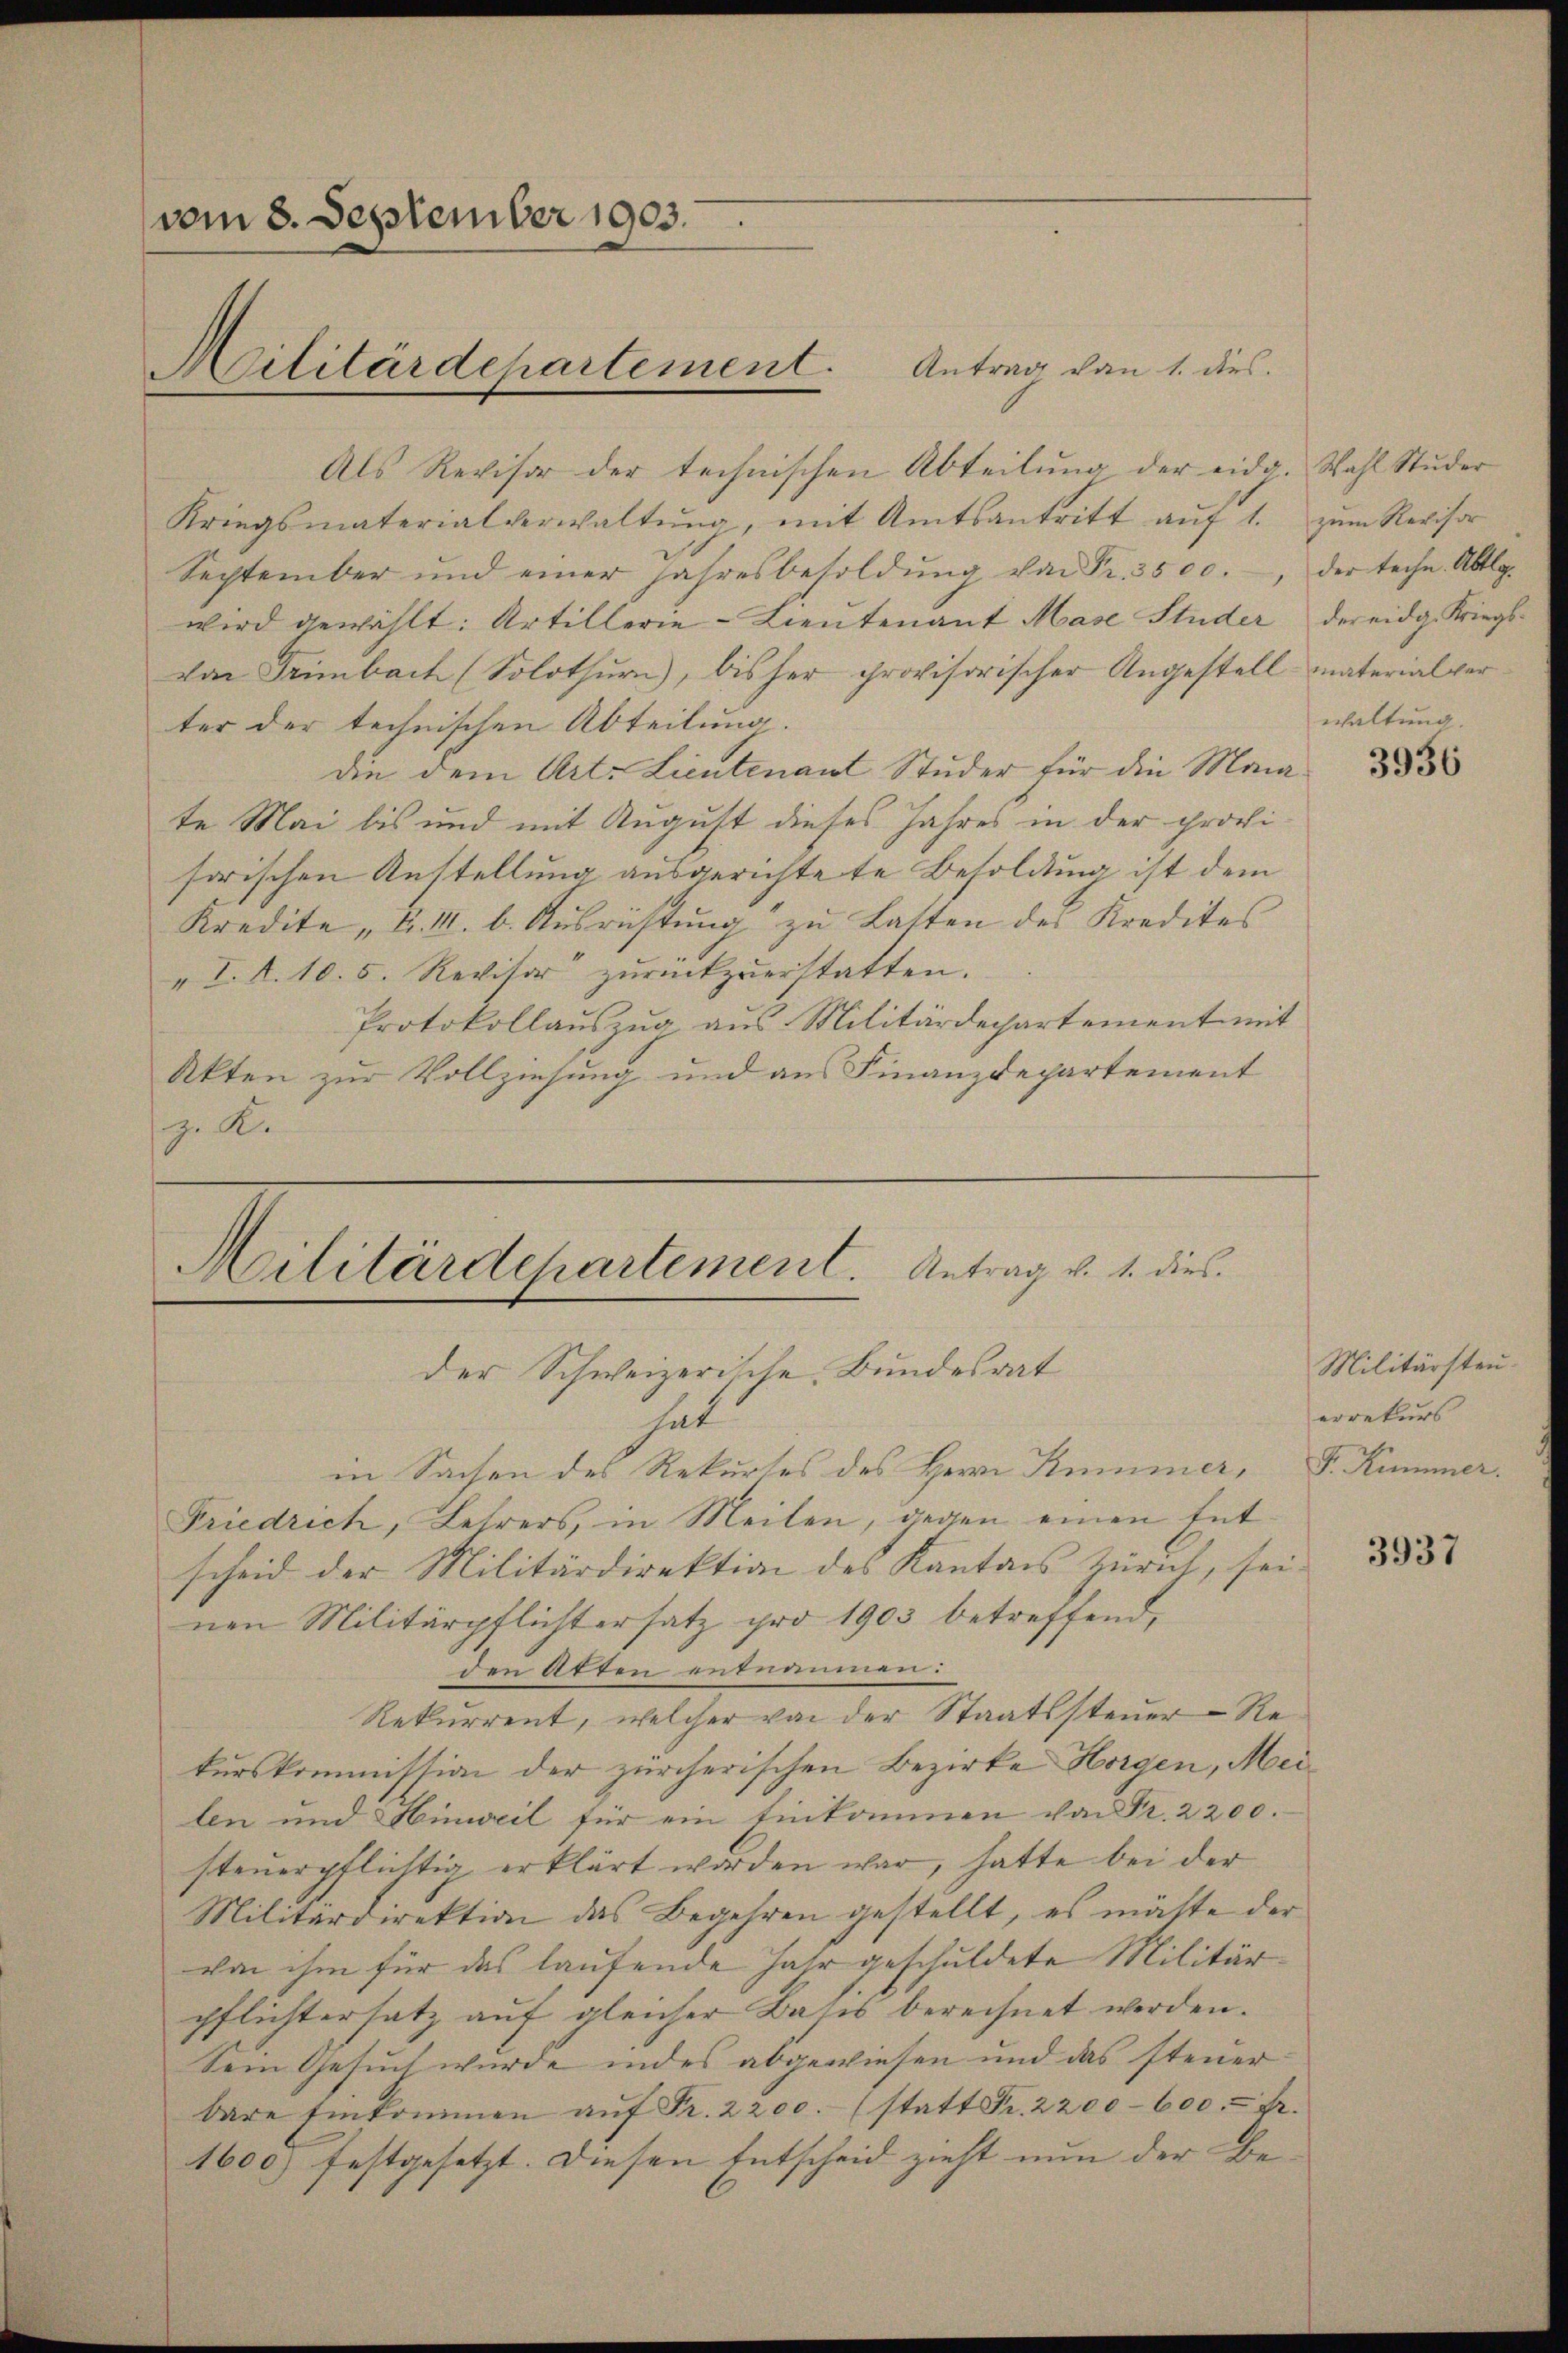
vom 8. September 1903.

Als Revisor der technischen Abteilung der eidg. Wahl Studer
Kriegsmaterialverwaltŭng, mit Amtsantritt aŭf 1. zŭm Revisor
September und einer Jahresbesoldŭng von Fr. 3500., der teche. Abtlg.
wird gewählt: Artillerie-Lieutenant Mase Studer der eidg. Kriegs-
von Trimbach (Solothurn, bisher provisorischer Angestell materialverter der technischen Abteilung.
die dem Art. Lieutenant Studer für die Monate Mai bis und mit August dieses Jahres in der provisorischen Anstellung ausgerichtete Besoldung ist dem
Kredite u. I. b. Ausrichtŭng zu Latten des Kredites
„I. R. 10. 5. Revisor zurückzuerstatten.
Protokollauszug aus Militärdepartement mit
Akten zur Vollziehung und aus Finanzdepartement
z. K.

Militärdepartement. Antrag von 1. dies

Militärdepartement. Antrag v. 1. dies
der Schweizerische Bundesrat

hat
in Sachen des Rekurses des Herrn Kummer,
Friedrich, Lehrers, in Meilen, gegen einen Ent
scheid der Militärdirektion des Kantons Zürich, seinen Militärpflichtersatz pro 1903 betreffend,
den Atten entnommen:
Rekurrent, welcher von der Staatssteuer-Rekurskommission der zürcherischen Bezirke Horgen, Meilen und Hinweil für ein Einkommen von Fr. 2200.
steuerpflichtig erklärt worden war, hatte bei der
Militärdirektion das Begehren gestellt, es mäste der
von ihm für das laufende Jahr geschuldete Militärpflichtersatz auf gleicher Batis berechnet werden.
Sein Gesuch wurde indes abgewiesen und das steuer
bare Einkommen aŭf Fr. 2200. (statt Fr. 2200-600. Fr.
1600 festgesetzt. Diesen Entscheid zieht nun der Be¬

haltung.
es

3936

Militärsten
errekurs
Fr. Kummer.

3937